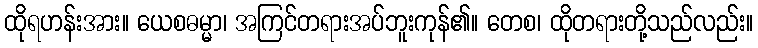
ထိုရဟန်းအား။ ယေစဓမ္မာ၊ အကြင်တရားအပ်ဘူးကုန်၏။ တေစ၊ ထိုတရားတို့သည်လည်း။